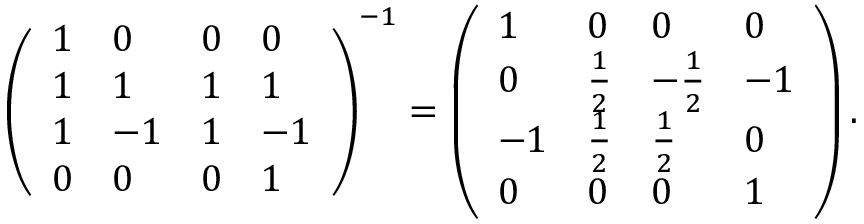
\left( { \begin{array} { l l l l } { 1 } & { 0 } & { 0 } & { 0 } \\ { 1 } & { 1 } & { 1 } & { 1 } \\ { 1 } & { - 1 } & { 1 } & { - 1 } \\ { 0 } & { 0 } & { 0 } & { 1 } \end{array} } \right) ^ { - 1 } = \left( { \begin{array} { l l l l } { 1 } & { 0 } & { 0 } & { 0 } \\ { 0 } & { { \frac { 1 } { 2 } } } & { - { \frac { 1 } { 2 } } } & { - 1 } \\ { - 1 } & { { \frac { 1 } { 2 } } } & { { \frac { 1 } { 2 } } } & { 0 } \\ { 0 } & { 0 } & { 0 } & { 1 } \end{array} } \right) .